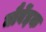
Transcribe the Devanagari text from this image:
नौर्वेइक